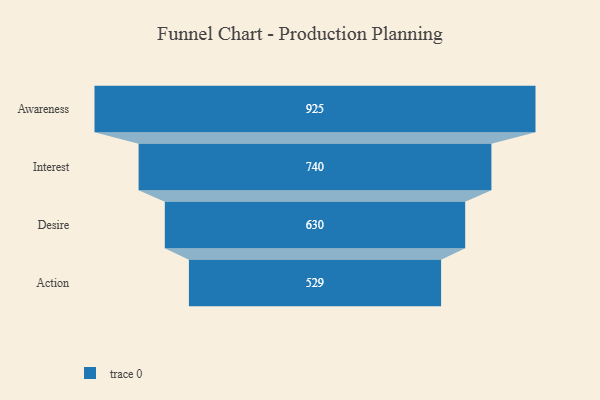
{"axis": {"x": "Stage", "y": "Value"}, "legend": [""], "data": [{"x": "Awareness", "y": 925.0, "type": ""}, {"x": "Interest", "y": 740.0, "type": ""}, {"x": "Desire", "y": 630.0, "type": ""}, {"x": "Action", "y": 529.0, "type": ""}]}